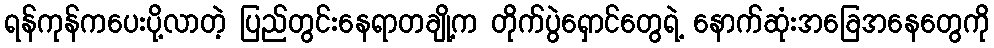
ရန်ကုန်ကပေးပို့လာတဲ့ ပြည်တွင်းနေရာတချို့က တိုက်ပွဲရှောင်တွေရဲ့ နောက်ဆုံးအခြေအနေတွေကို